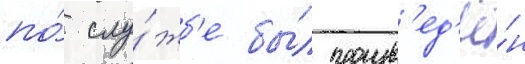
по́ слу́жб'е бы́л произв'ед'ё́н